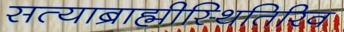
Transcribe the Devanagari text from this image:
सत्याब्राह्मीस्थितिरिव